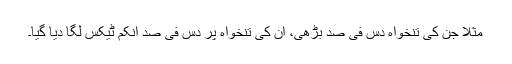
مثلاً جن کی تنخواہ دس فی صد بڑھی، ان کی تنخواہ پر دس فی صد انکم ٹیکس لگا دیا گیا۔